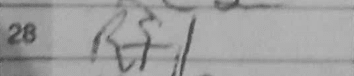
Transcription: Rf1